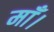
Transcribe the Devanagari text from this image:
माँ।